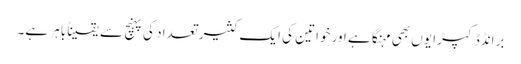
برانڈڈ کپڑا یوں بھی مہنگا ہے اور خواتین کی ایک کثیر تعداد کی پہنچ سے یقیناً باہر ہے۔